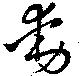
動